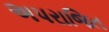
અપરાજિત